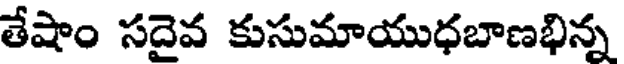
తేషాం సదైవ కుసుమాయుధబాణభిన్న